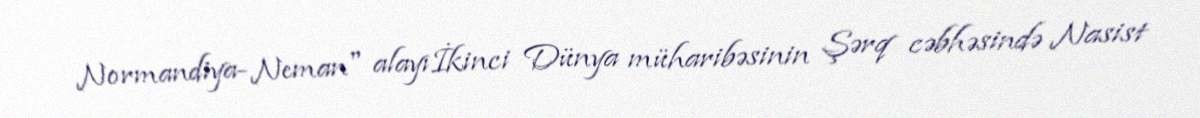
Normandiya-Neman" alayıİkinci Dünya müharibəsinin Şərq cəbhəsində Nasist